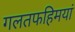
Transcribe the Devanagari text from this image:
गलतफहिमयां